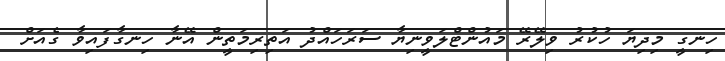
ހިނގީ މިދިޔަ ހުކުރު ވިލޭރޭ މައުންޓްލަވީނިޔާ ސަރަހައްދު އަތިރިމަތީން އޭނާ ހިނގާފައިވާ ގެއަށް